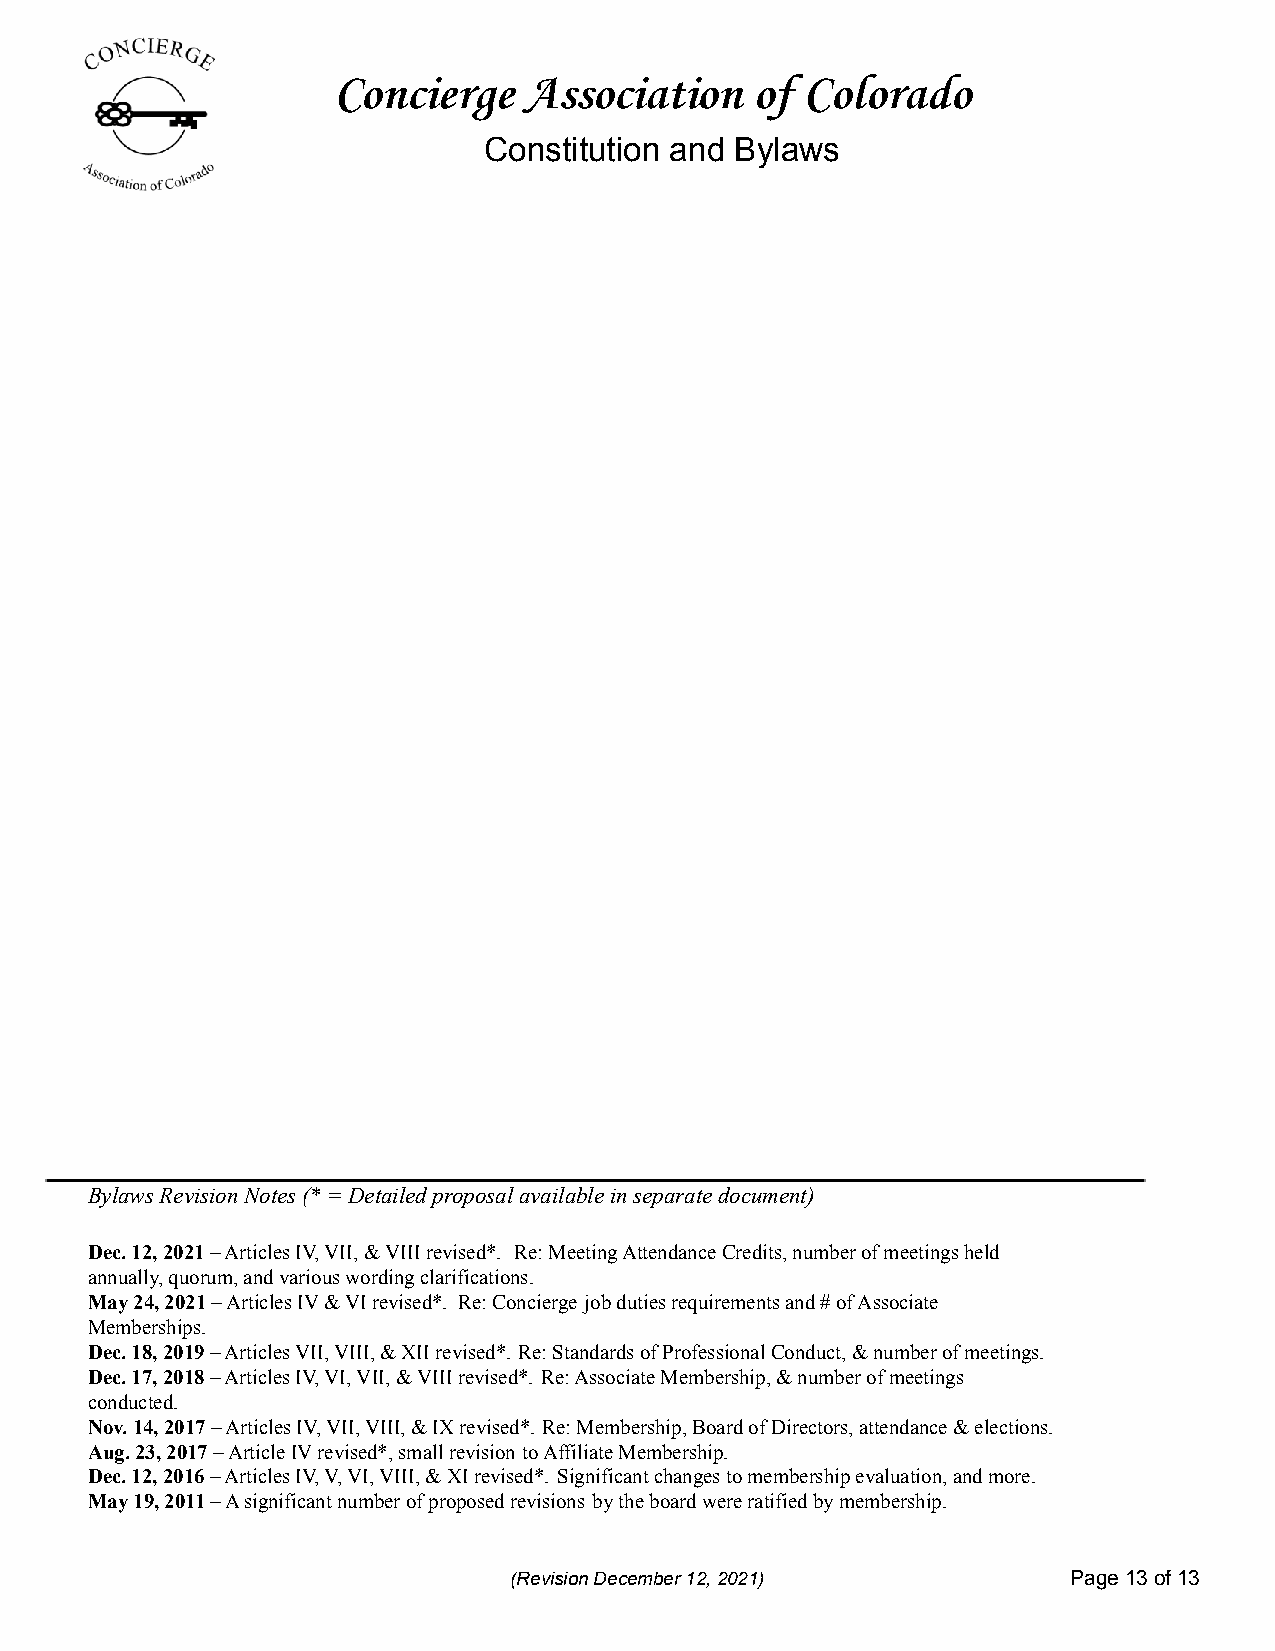
Concierge    Association    of Colorado
 Constitution and Bylaws
 Bylaws Revision Notes (* = Detailed proposal available in separate document)
 Dec. 12, 2021– Articles IV, VII, & VIII revised*. Re: Meeting Attendance Credits, number of meetings held
 annually, quorum, and various wording clarifications.
 May 24, 2021– Articles IV & VI revised*. Re: Concierge job duties requirements and # of Associate
 Memberships.
 Dec. 18, 2019– Articles VII, VIII, & XII revised*. Re: Standards of Professional Conduct, & number of meetings.
 Dec. 17, 2018– Articles IV, VI, VII, & VIII revised*. Re: Associate Membership, & number of meetings
 conducted.
 Nov. 14, 2017– Articles IV, VII, VIII, & IX revised*. Re: Membership, Board of Directors, attendance & elections.
 Aug. 23, 2017– Article IV revised*, small revision to Affiliate Membership.
 Dec. 12, 2016– Articles IV, V, VI, VIII, & XI revised*. Significant changes to membership evaluation, and more.
 May 19, 2011– A significant number of proposed revisions by the board were ratified by membership.
 (Revision December 12, 2021)         Page13of13